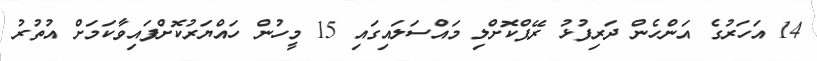
14 އަހަރުގެ އަންހެން ދަރިފުޅު ރޭޕްކޮށްލި މައްސަލައިގައި 15 މީހުން ހައްޔަރުކޮށްފައިވާކަމަށް އުތުރު